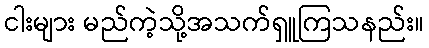
ငါးများ မည်ကဲ့သို့အသက်ရှူကြသနည်း။